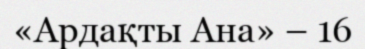
«Ардақты Ана» – 16